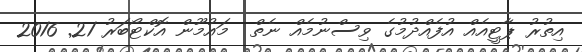
އިތުރު ޕާޓީއެއް އުފެއްދުމުގެ ވިސްނުމެއް ނެތް  މައުމޫން އޮކްޓޯބަރު 21